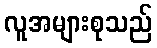
လူအများစုသည်